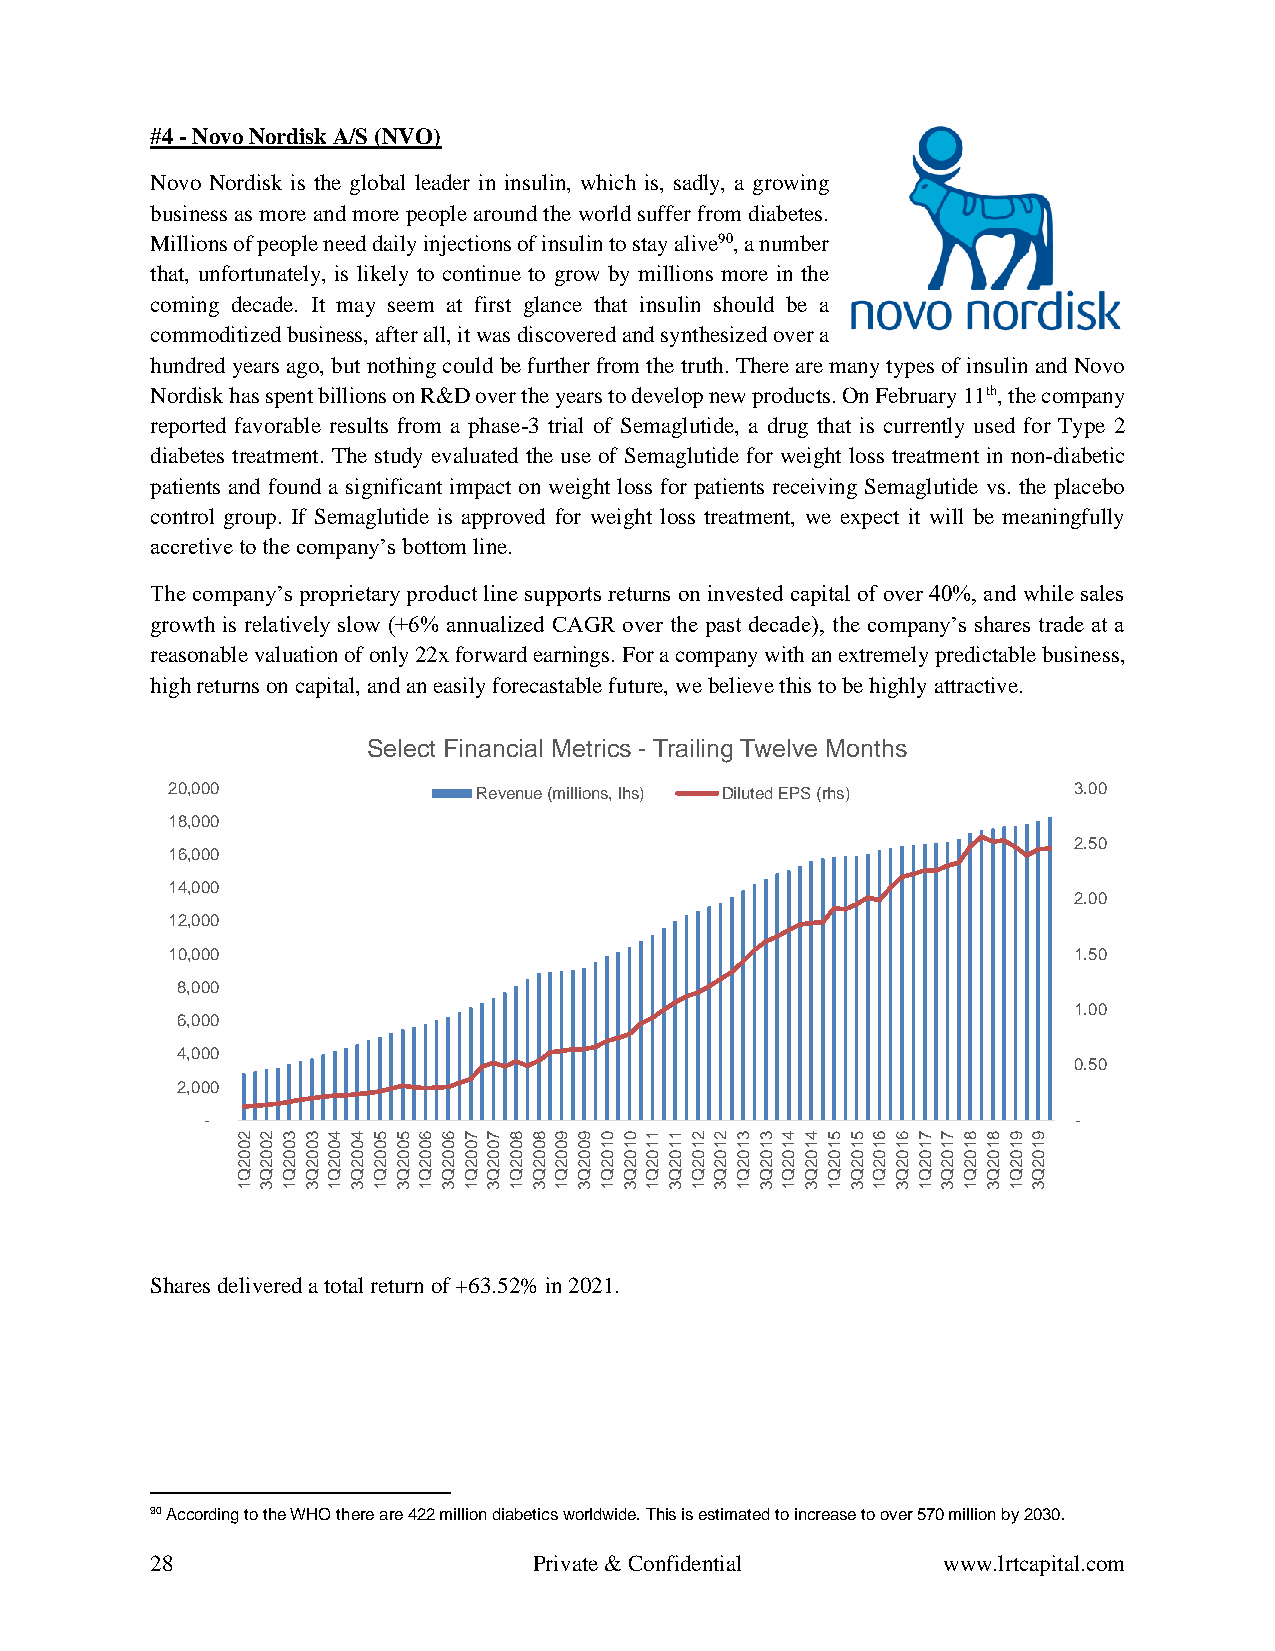
#4 - Novo Nordisk A/S (NVO)
 Novo Nordisk is the global leader in insulin, which is, sadly, a growing
 business as more and more people around the world suffer from diabetes.
 Millions of people need daily injections of insulin to stay alive90, a number
 that, unfortunately, is likely to continue to grow by millions more in the
 coming decade. It may seem at first glance that insulin should be a
 commoditized business, after all, it was discovered and synthesized over a
 hundred years ago, but nothing could be further from the truth. There are many types of insulin and Novo
 Nordisk has spent billions on R&D over the years to develop new products. On February 11th, the company
 reported favorable results from a phase-3 trial of Semaglutide, a drug that is currently used for Type 2
 diabetes treatment. The study evaluated the use of Semaglutide for weight loss treatment in non-diabetic
 patients and found a significant impact on weight loss for patients receiving Semaglutide vs. the placebo
 control group. If Semaglutide is approved for weight loss treatment, we expect it will be meaningfully
 accretive to the company’s bottom line.
 The company’s proprietary product line supports returns on invested capital of over 40%, and while sales
 growth is relatively slow (+6% annualized CAGR over the past decade), the company’s shares trade at a
 reasonable valuation of only 22x forward earnings. For a company with an extremely predictable business,
 high returns on capital, and an easily forecastable future, we believe this to be highly attractive.
 Select Financial Metrics - Trailing Twelve Months
 20,000               Revenue (millions, lhs) Diluted EPS (rhs) 3.00
 18,000
 2.50
 16,000
 14,000
 2.00
 12,000
 10,000                                                      1.50
 8,000
 1.00
 6,000
 4,000
 0.50
 2,000
 -                                                        -
 223344556677889900112233445566778899
 000000000000000011111111111111111111
 000000000000000000000000000000000000
 222222222222222222222222222222222222
 QQQQQQQQQQQQQQQQQQQQQQQQQQQQQQQQQQQQ
 131313131313131313131313131313131313
 Shares delivered a total return of +63.52% in 2021.
 90 According to the WHO there are 422 million diabetics worldwide. This is estimated to increase to over 570 million by 2030.
 28                       Private & Confidential     www.lrtcapital.com